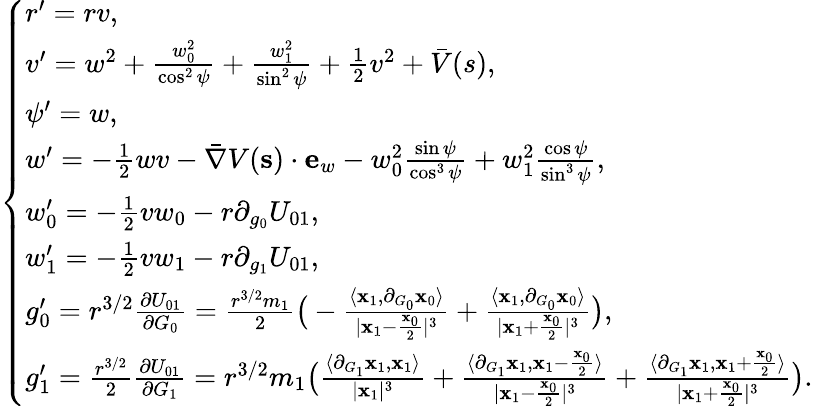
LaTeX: \left\{ \begin{array}{ll}{r^{\prime}=rv,}\\ {v^{\prime}=w^{2}+\frac{w_{0}^{2}}{\cos^{2}\psi}+\frac{w_{1}^{2}}{\sin^{2}\psi}+\frac{1}{2}v^{2}+\bar{V}(s),}\\ {\psi^{\prime}=w,}\\ {w^{\prime}=-\frac{1}{2}wv-\bar{\nabla}V(\mathbf{s})\cdot\mathbf{e}_{w}-w_{0}^{2}\frac{\sin\psi}{\cos^{3}\psi}+w_{1}^{2}\frac{\cos\psi}{\sin^{3}\psi},}\\ {w_{0}^{\prime}=-\frac{1}{2}vw_{0}-r\partial_{g_{0}}U_{01},}\\ {w_{1}^{\prime}=-\frac{1}{2}vw_{1}-r\partial_{g_{1}}U_{01},}\\ {g_{0}^{\prime}=r^{3/2}\frac{\partial U_{01}}{\partial G_{0}}=\frac{r^{3/2}m_{1}}{2}\big(-\frac{\langle\mathbf{x}_{1},\partial_{G_{0}}\mathbf{x}_{0}\rangle}{|\mathbf{x}_{1}-\frac{\mathbf{x}_{0}}{2}|^{3}}+\frac{\langle\mathbf{x}_{1},\partial_{G_{0}}\mathbf{x}_{0}\rangle}{|\mathbf{x}_{1}+\frac{\mathbf{x}_{0}}{2}|^{3}}\big),}\\ {g_{1}^{\prime}=\frac{r^{3/2}}{2}\frac{\partial U_{01}}{\partial G_{1}}=r^{3/2}m_{1}\big(\frac{\langle\partial_{G_{1}}\mathbf{x}_{1},\mathbf{x}_{1}\rangle}{|\mathbf{x}_{1}|^{3}}+\frac{\langle\partial_{G_{1}}\mathbf{x}_{1},\mathbf{x}_{1}-\frac{\mathbf{x}_{0}}{2}\rangle}{|\mathbf{x}_{1}-\frac{\mathbf{x}_{0}}{2}|^{3}}+\frac{\langle\partial_{G_{1}}\mathbf{x}_{1},\mathbf{x}_{1}+\frac{\mathbf{x}_{0}}{2}\rangle}{|\mathbf{x}_{1}+\frac{\mathbf{x}_{0}}{2}|^{3}}\big).}\end{array}\right.